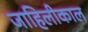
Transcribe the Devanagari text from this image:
जाहिलीकाल